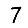
Digit: 7